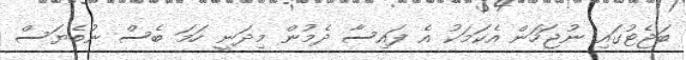
ބަޖެޓުގައި ނުޖަހަން އެކަމަކު އެ ފައިސާ ދެމުން މިދަނީ ހަމަ ބެސް ނުބެޔަސް